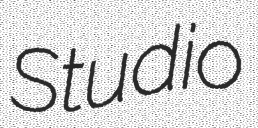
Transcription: Studio